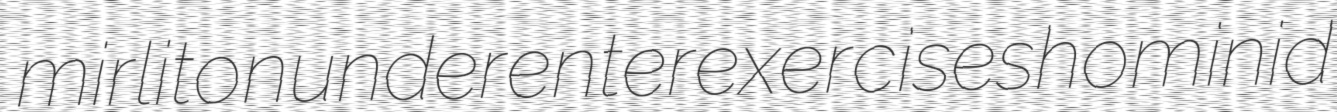
mirliton underenter exercises hominid